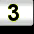
Digit: 3